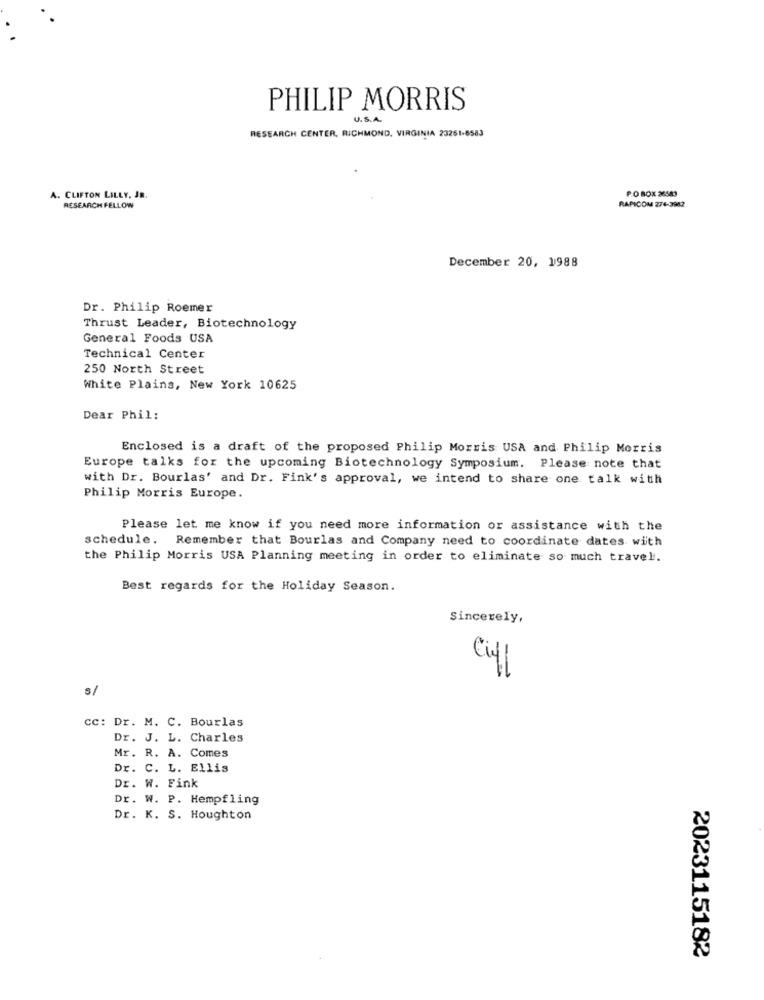
PHILIP MORRIS
U.S.A.
RESEARCH CENTER, RICHMOND, VIRGINIA 23261-6583
P.O BOX 36583
A. CLIFTON LILLY, JR.
RESEARCH FELLOW
RAPICOM 274-3942
December 20, 1988
Dr. Philip Roemer
Thrust Leader, Biotechnology
General Foods USA
Technical Center
250 North Street
White Plains, New York 10625
Dear Phil:
Enclosed is a draft of the proposed Philip Morris USA and Philip Morris
Europe talks for the upcoming Biotechnology Symposium. Please note that
with Dr. Bourlas' and Dr. Fink's approval, we intend to share one talk with
Philip Morris Europe.
Please let me know if you need more information or assistance with the
schedule. Remember that Bourlas and Company need to coordinate dates with
the Philip Morris USA Planning meeting in order to eliminate so much travel.
Best regards for the Holiday Season.
Sincerely,
=
s/
cc: Dr. M. C. Bourlas
Dr. J. L. Charles
Mr. R. A. Comes
Dr. C. L. Ellis
Dr. W. Fink
Dr. W. P. Hempfling
Dr. K. S. Houghton
2023115182